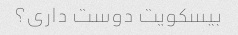
بیسکویت دوست داری؟